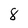
Character: 8